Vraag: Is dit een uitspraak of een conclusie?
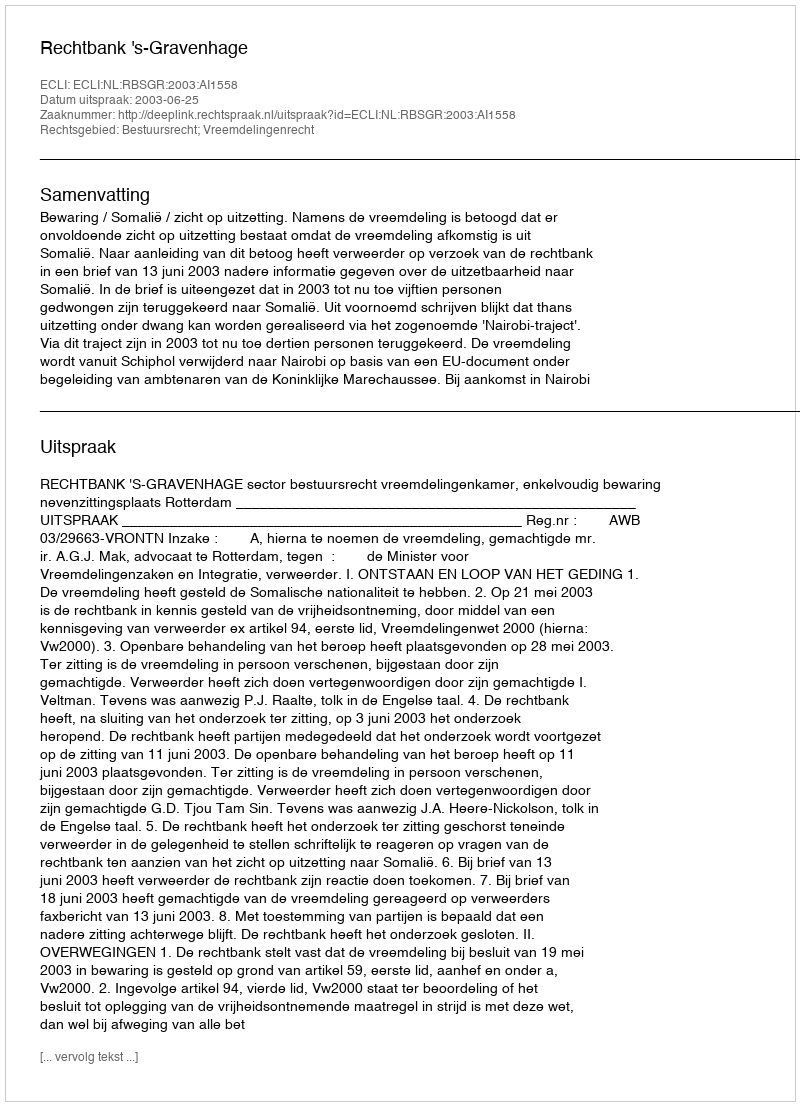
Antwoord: Uitspraak